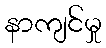
နာကျင်မှု